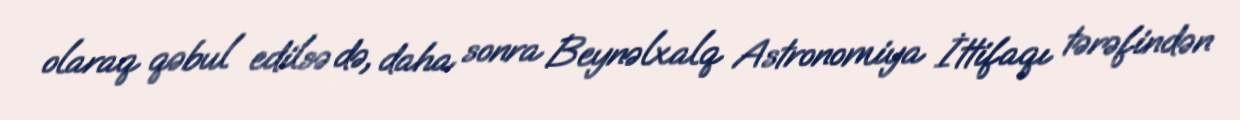
olaraq qəbul edilsə də, daha sonra Beynəlxalq Astronomiya İttifaqı tərəfindən